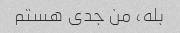
بله، من جدی هستم